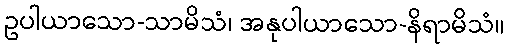
ဥပါယာသော-သာမိသံ၊ အနုပါယာသော-နိရာမိသံ။